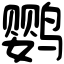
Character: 鹦